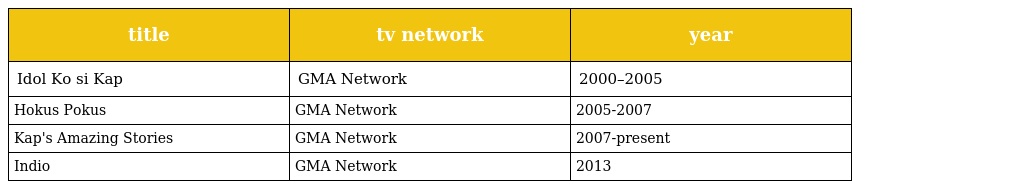
| title | tv network | year |
 | --- | --- | --- |
 | Idol Ko si Kap | GMA Network | 2000–2005 |
 | Hokus Pokus | GMA Network | 2005-2007 |
 | Kap's Amazing Stories | GMA Network | 2007-present |
 | Indio | GMA Network | 2013 |